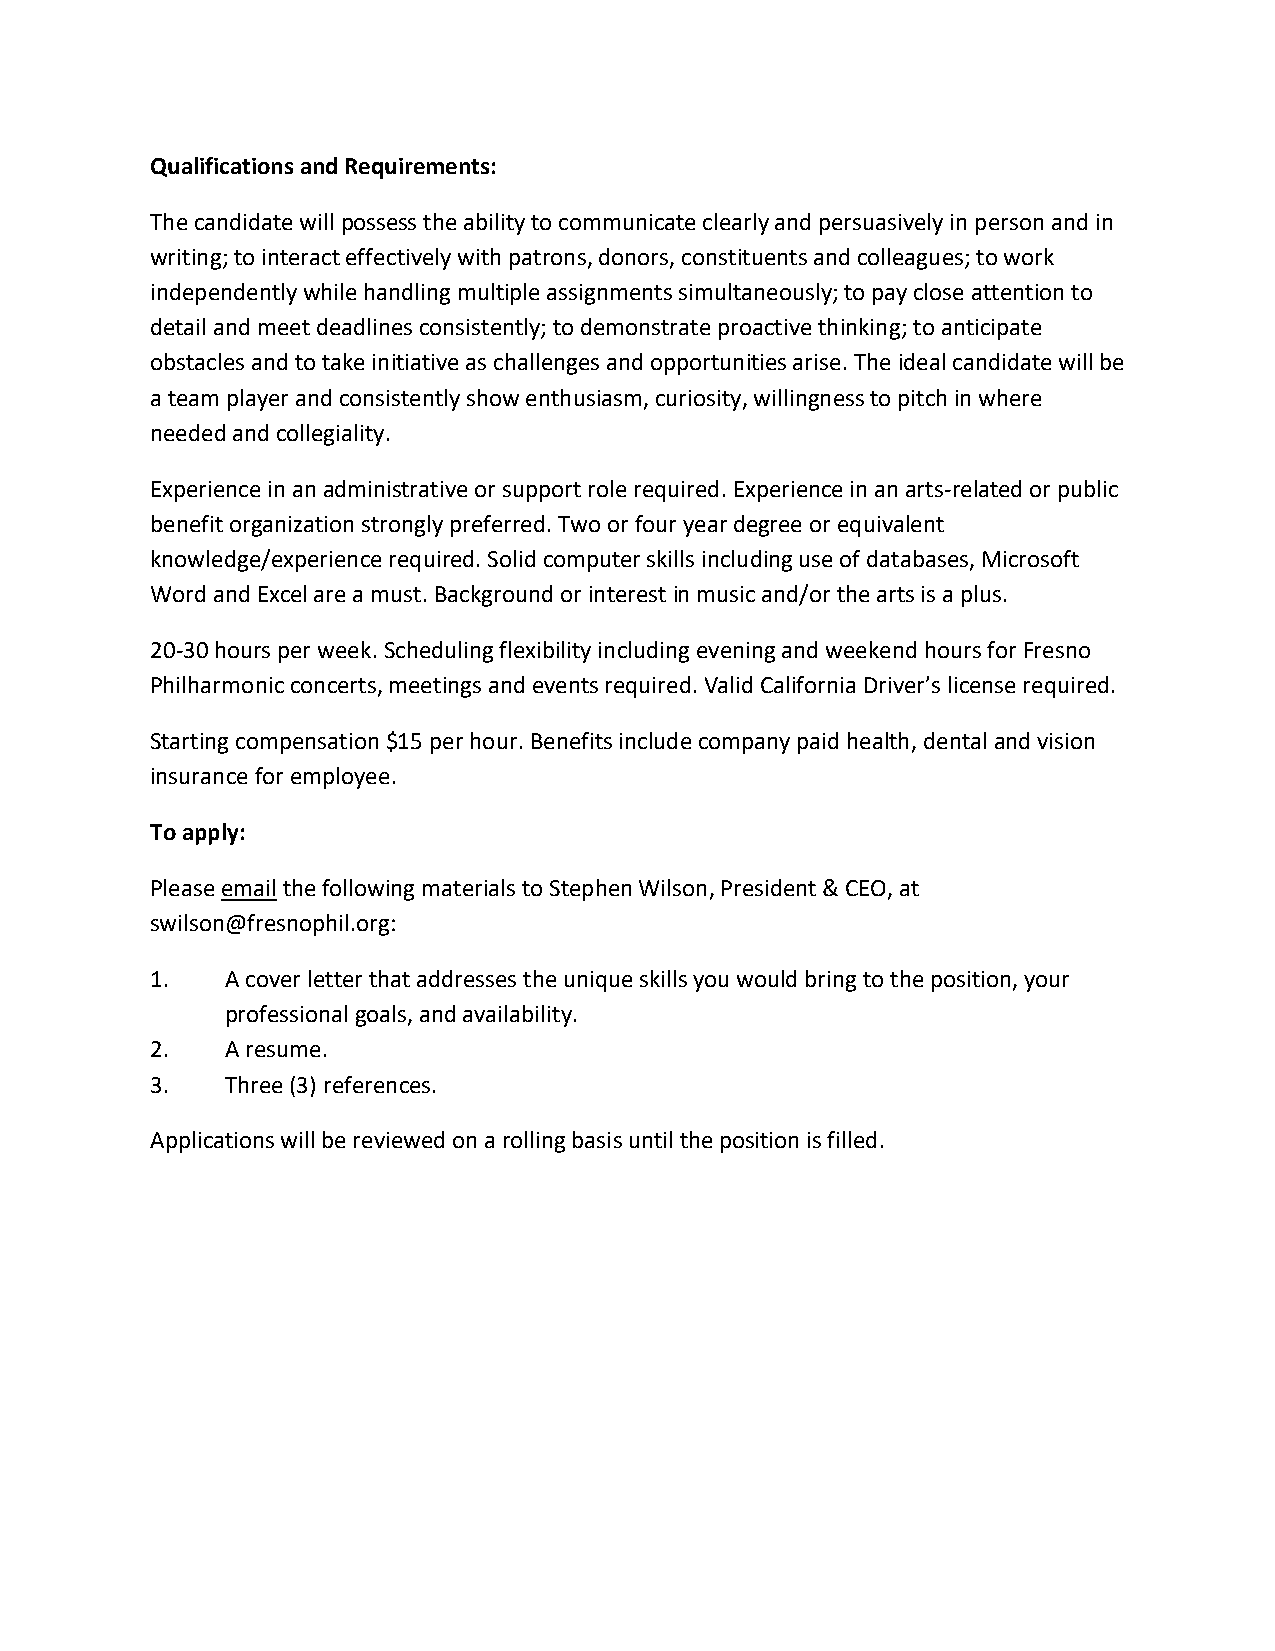
Qualifications and Requirements:
 The candidate will possess the ability to communicate clearly and persuasively in person and in
 writing; to interact effectively with patrons, donors, constituents and colleagues; to work
 independently while handling multiple assignments simultaneously; to pay close attention to
 detail and meet deadlines consistently; to demonstrate proactive thinking; to anticipate
 obstacles and to take initiative as challenges and opportunities arise. The ideal candidate will be
 a team player and consistently show enthusiasm, curiosity, willingness to pitch in where
 needed and collegiality.
 Experience in an administrative or support role required. Experience in an arts-related or public
 benefit organization strongly preferred. Two or four year degree or equivalent
 knowledge/experience required. Solid computer skills including use of databases, Microsoft
 Word and Excel are a must. Background or interest in music and/or the arts is a plus.
 20-30 hours per week. Scheduling flexibility including evening and weekend hours for Fresno
 Philharmonic concerts, meetings and events required. Valid California Driver’s license required.
 Starting compensation $15 per hour. Benefits include company paid health, dental and vision
 insurance for employee.
 To apply:
 Please email the following materials to Stephen Wilson, President & CEO, at
 swilson@fresnophil.org:
 1.   A cover letter that addresses the unique skills you would bring to the position, your
 professional goals, and availability.
 2.   A resume.
 3.   Three (3) references.
 Applications will be reviewed on a rolling basis until the position is filled.